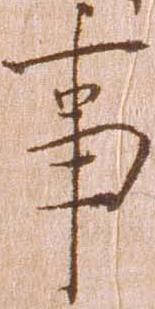
事